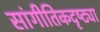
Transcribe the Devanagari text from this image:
सांगीतिकदृष्ट्या